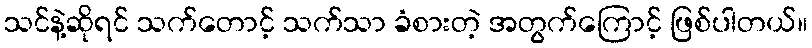
သင်နဲ့ဆိုရင် သက်တောင့် သက်သာ ခံစားတဲ့ အတွက်ကြောင့် ဖြစ်ပါတယ်။